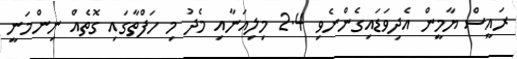
ރައީސް ޔާމީން އެދިވަޑައިގެންނެވި 2.4 މިލިއަނާއި މެދު މި ހަފްތާގައި ގޮތެއް ނިންމަނީ